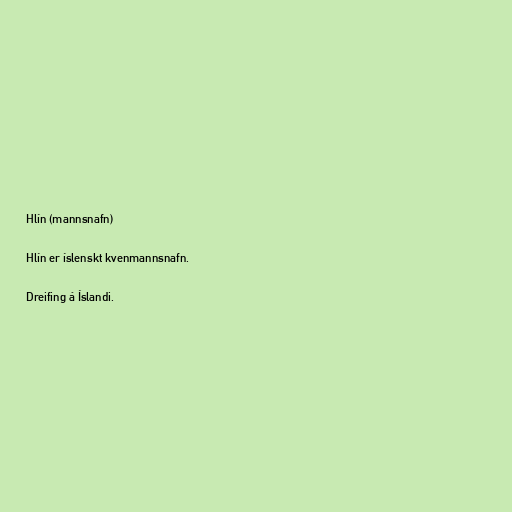
Hlín (mannsnafn)

Hlín er íslenskt kvenmannsnafn.

Dreifing á Íslandi.